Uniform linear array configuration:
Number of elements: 4
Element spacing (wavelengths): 0.75
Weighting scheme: exponential
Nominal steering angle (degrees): -45
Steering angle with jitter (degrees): -44.385
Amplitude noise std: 0.05
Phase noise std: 0.05

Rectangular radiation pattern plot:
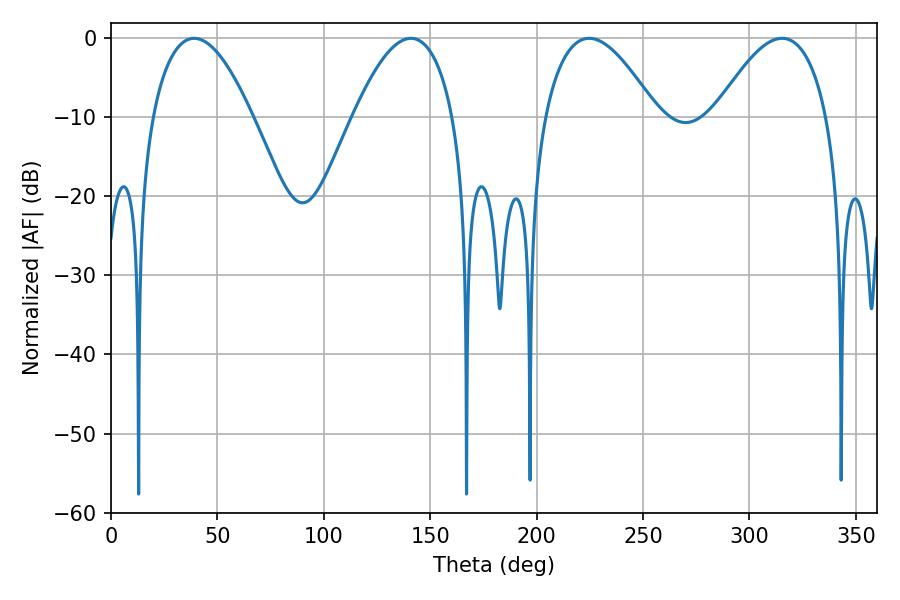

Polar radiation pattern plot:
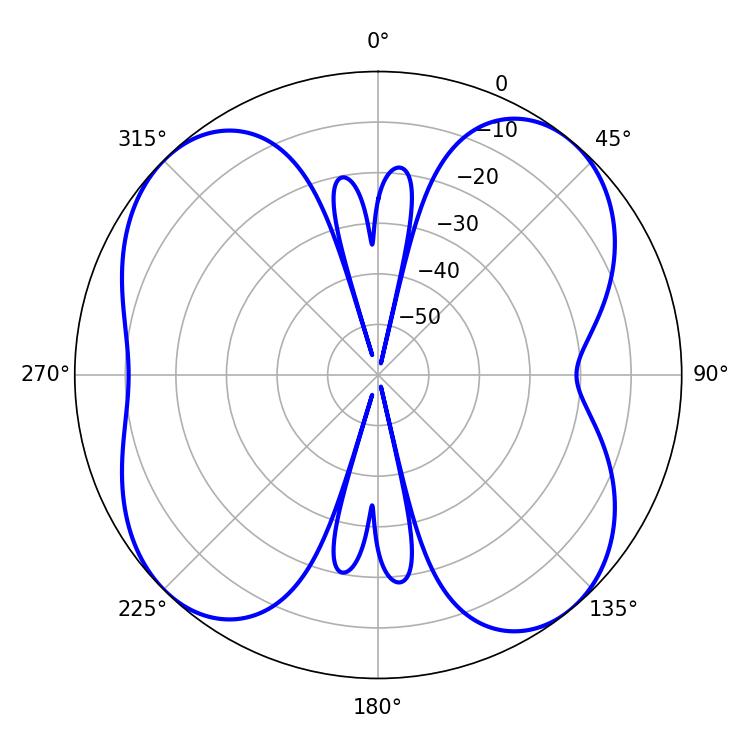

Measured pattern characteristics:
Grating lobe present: TRUE
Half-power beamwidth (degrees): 25.92
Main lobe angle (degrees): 39.06